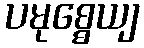
ပမုစ္စေယျ